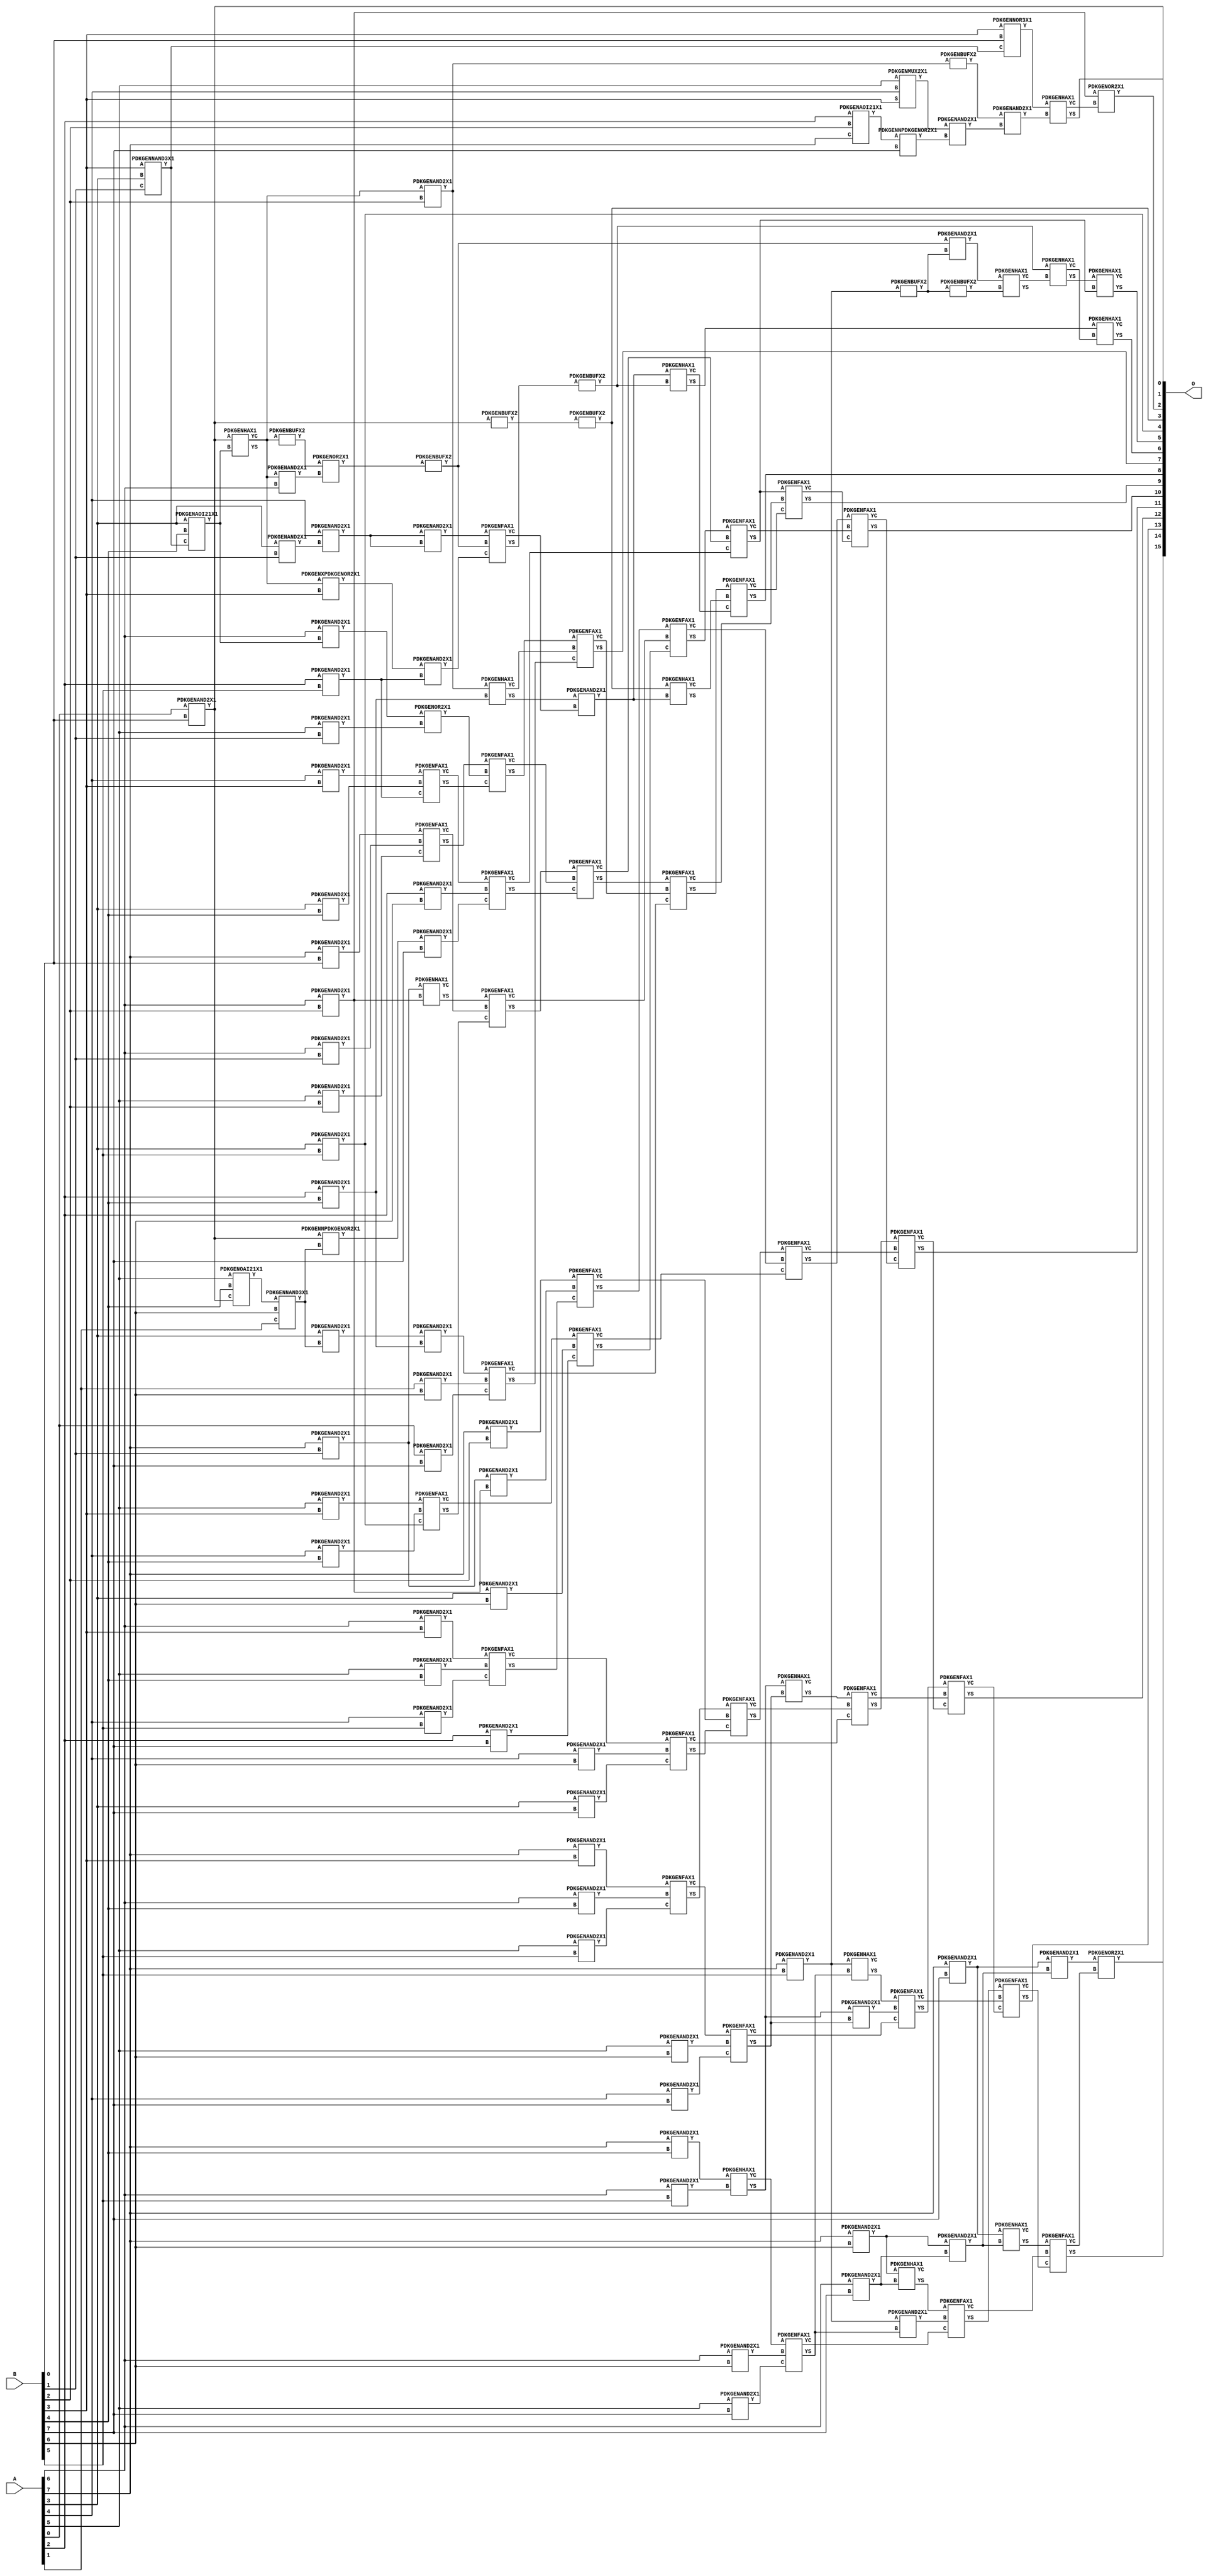
// Library = EvoApprox8b
// Circuit = mul8_009
// Area   (180) = 7559
// Delay  (180) = 3.170
// Power  (180) = 3362.60
// Area   (45) = 547
// Delay  (45) = 1.190
// Power  (45) = 290.60
// Nodes = 126
// HD = 266210
// MAE = 154.74213
// MSE = 41754.60547
// MRE = 4.10 %
// WCE = 754
// WCRE = 800 %
// EP = 97.4 %

module mul8_009(A, B, O);
  input [7:0] A;
  input [7:0] B;
  output [15:0] O;
  wire [2031:0] N;

  assign N[0] = A[0];
  assign N[1] = A[0];
  assign N[2] = A[1];
  assign N[3] = A[1];
  assign N[4] = A[2];
  assign N[5] = A[2];
  assign N[6] = A[3];
  assign N[7] = A[3];
  assign N[8] = A[4];
  assign N[9] = A[4];
  assign N[10] = A[5];
  assign N[11] = A[5];
  assign N[12] = A[6];
  assign N[13] = A[6];
  assign N[14] = A[7];
  assign N[15] = A[7];
  assign N[16] = B[0];
  assign N[17] = B[0];
  assign N[18] = B[1];
  assign N[19] = B[1];
  assign N[20] = B[2];
  assign N[21] = B[2];
  assign N[22] = B[3];
  assign N[23] = B[3];
  assign N[24] = B[4];
  assign N[25] = B[4];
  assign N[26] = B[5];
  assign N[27] = B[5];
  assign N[28] = B[6];
  assign N[29] = B[6];
  assign N[30] = B[7];
  assign N[31] = B[7];

  PDKGENAND2X1 n32(.A(N[0]), .B(N[16]), .Y(N[32]));
  assign N[33] = N[32];
  PDKGENNAND3X1 n34(.A(N[22]), .B(N[6]), .C(N[18]), .Y(N[34]));
  assign N[35] = N[34];
  PDKGENAOI21X1 n36(.A(N[4]), .B(N[20]), .C(N[14]), .Y(N[36]));
  assign N[37] = N[36];
  PDKGENAOI21X1 n38(.A(N[6]), .B(N[24]), .C(N[35]), .Y(N[38]));
  PDKGENHAX1 n40(.A(N[33]), .B(N[38]), .YS(N[40]), .YC(N[41]));
  PDKGENMUX2X1 n42(.A(N[10]), .B(N[8]), .S(N[22]), .Y(N[42]));
  assign N[43] = N[42];
  PDKGENNPDKGENOR2X1 n44(.A(N[37]), .B(N[30]), .Y(N[44]));
  PDKGENNOR3X1 n46(.A(N[22]), .B(N[16]), .C(N[34]), .Y(N[46]));
  PDKGENOAI21X1 n50(.A(N[10]), .B(N[24]), .C(N[33]), .Y(N[50]));
  assign N[51] = N[50];
  PDKGENNAND3X1 n54(.A(N[51]), .B(N[28]), .C(N[2]), .Y(N[54]));
  PDKGENNPDKGENOR2X1 n56(.A(N[33]), .B(N[54]), .Y(N[56]));
  assign N[57] = N[56];
  PDKGENAND2X1 n64(.A(N[41]), .B(N[12]), .Y(N[64]));
  PDKGENBUFX2 n66(.A(N[41]), .Y(N[66]));
  assign N[67] = N[66];
  PDKGENOR2X1 n90(.A(N[67]), .B(N[64]), .Y(N[90]));
  PDKGENBUFX2 n104(.A(N[33]), .Y(N[104]));
  assign N[105] = N[104];
  PDKGENAND2X1 n106(.A(N[43]), .B(N[44]), .Y(N[106]));
  PDKGENAND2X1 n120(.A(N[12]), .B(N[38]), .Y(N[120]));
  assign N[121] = N[120];
  PDKGENAND2X1 n134(.A(N[14]), .B(N[16]), .Y(N[134]));
  PDKGENAND2X1 n150(.A(N[6]), .B(N[18]), .Y(N[150]));
  PDKGENAND2X1 n208(.A(N[8]), .B(N[150]), .Y(N[208]));
  assign N[209] = N[208];
  PDKGENAND2X1 n224(.A(N[10]), .B(N[18]), .Y(N[224]));
  PDKGENAND2X1 n238(.A(N[12]), .B(N[18]), .Y(N[238]));
  PDKGENAND2X1 n254(.A(N[14]), .B(N[18]), .Y(N[254]));
  PDKGENAND2X1 n328(.A(N[41]), .B(N[20]), .Y(N[328]));
  assign N[329] = N[328];
  PDKGENBUFX2 n336(.A(N[105]), .Y(N[336]));
  assign N[337] = N[336];
  PDKGENAND2X1 n342(.A(N[10]), .B(N[20]), .Y(N[342]));
  assign N[343] = N[342];
  PDKGENAND2X1 n356(.A(N[12]), .B(N[20]), .Y(N[356]));
  assign N[357] = N[356];
  PDKGENAND2X1 n372(.A(N[14]), .B(N[20]), .Y(N[372]));
  PDKGENBUFX2 n384(.A(N[329]), .Y(N[384]));
  assign N[385] = N[384];
  PDKGENXPDKGENOR2X1 n416(.A(N[41]), .B(N[22]), .Y(N[416]));
  PDKGENAND2X1 n432(.A(N[6]), .B(N[54]), .Y(N[432]));
  PDKGENAND2X1 n446(.A(N[8]), .B(N[22]), .Y(N[446]));
  PDKGENAND2X1 n460(.A(N[10]), .B(N[22]), .Y(N[460]));
  PDKGENAND2X1 n476(.A(N[12]), .B(N[22]), .Y(N[476]));
  PDKGENAND2X1 n490(.A(N[14]), .B(N[22]), .Y(N[490]));
  PDKGENAND2X1 n534(.A(N[4]), .B(N[24]), .Y(N[534]));
  PDKGENAND2X1 n550(.A(N[6]), .B(N[24]), .Y(N[550]));
  PDKGENAND2X1 n564(.A(N[8]), .B(N[24]), .Y(N[564]));
  PDKGENAND2X1 n580(.A(N[10]), .B(N[24]), .Y(N[580]));
  PDKGENAND2X1 n594(.A(N[12]), .B(N[24]), .Y(N[594]));
  PDKGENAND2X1 n608(.A(N[14]), .B(N[24]), .Y(N[608]));
  PDKGENAND2X1 n654(.A(N[4]), .B(N[26]), .Y(N[654]));
  PDKGENAND2X1 n668(.A(N[6]), .B(N[26]), .Y(N[668]));
  assign N[669] = N[668];
  PDKGENAND2X1 n682(.A(N[8]), .B(N[26]), .Y(N[682]));
  PDKGENAND2X1 n698(.A(N[10]), .B(N[26]), .Y(N[698]));
  PDKGENAND2X1 n712(.A(N[12]), .B(N[26]), .Y(N[712]));
  PDKGENAND2X1 n728(.A(N[14]), .B(N[26]), .Y(N[728]));
  assign N[729] = N[728];
  PDKGENAND2X1 n756(.A(N[2]), .B(N[28]), .Y(N[756]));
  PDKGENAND2X1 n762(.A(N[385]), .B(N[106]), .Y(N[762]));
  PDKGENAND2X1 n772(.A(N[4]), .B(N[28]), .Y(N[772]));
  PDKGENAND2X1 n786(.A(N[6]), .B(N[28]), .Y(N[786]));
  PDKGENAND2X1 n802(.A(N[8]), .B(N[28]), .Y(N[802]));
  PDKGENAND2X1 n816(.A(N[10]), .B(N[28]), .Y(N[816]));
  PDKGENAND2X1 n832(.A(N[12]), .B(N[28]), .Y(N[832]));
  PDKGENAND2X1 n846(.A(N[14]), .B(N[28]), .Y(N[846]));
  PDKGENAND2X1 n860(.A(N[0]), .B(N[30]), .Y(N[860]));
  PDKGENAND2X1 n876(.A(N[57]), .B(N[30]), .Y(N[876]));
  PDKGENAND2X1 n890(.A(N[4]), .B(N[30]), .Y(N[890]));
  PDKGENAND2X1 n906(.A(N[6]), .B(N[30]), .Y(N[906]));
  PDKGENAND2X1 n920(.A(N[8]), .B(N[30]), .Y(N[920]));
  PDKGENAND2X1 n934(.A(N[10]), .B(N[30]), .Y(N[934]));
  PDKGENAND2X1 n950(.A(N[12]), .B(N[30]), .Y(N[950]));
  PDKGENAND2X1 n964(.A(N[14]), .B(N[30]), .Y(N[964]));
  PDKGENHAX1 n980(.A(N[46]), .B(N[762]), .YS(N[980]), .YC(N[981]));
  PDKGENBUFX2 n1008(.A(N[729]), .Y(N[1008]));
  assign N[1009] = N[1008];
  PDKGENBUFX2 n1024(.A(N[90]), .Y(N[1024]));
  assign N[1025] = N[1024];
  PDKGENAND2X1 n1038(.A(N[209]), .B(N[208]), .Y(N[1038]));
  PDKGENOR2X1 n1054(.A(N[121]), .B(N[224]), .Y(N[1054]));
  assign N[1055] = N[1054];
  PDKGENFAX1 n1068(.A(N[134]), .B(N[238]), .C(N[343]), .YS(N[1068]), .YC(N[1069]));
  PDKGENAND2X1 n1082(.A(N[254]), .B(N[356]), .Y(N[1082]));
  PDKGENHAX1 n1098(.A(N[254]), .B(N[356]), .YS(N[1098]), .YC(N[1099]));
  PDKGENAND2X1 n1128(.A(N[416]), .B(N[654]), .Y(N[1128]));
  PDKGENAND2X1 n1142(.A(N[432]), .B(N[534]), .Y(N[1142]));
  assign N[1143] = N[1142];
  PDKGENFAX1 n1156(.A(N[446]), .B(N[550]), .C(N[654]), .YS(N[1156]), .YC(N[1157]));
  PDKGENFAX1 n1172(.A(N[460]), .B(N[564]), .C(N[668]), .YS(N[1172]), .YC(N[1173]));
  PDKGENFAX1 n1186(.A(N[476]), .B(N[580]), .C(N[682]), .YS(N[1186]), .YC(N[1187]));
  PDKGENFAX1 n1202(.A(N[490]), .B(N[594]), .C(N[698]), .YS(N[1202]), .YC(N[1203]));
  PDKGENHAX1 n1232(.A(N[608]), .B(N[712]), .YS(N[1232]), .YC(N[1233]));
  PDKGENOR2X1 n1246(.A(N[357]), .B(N[981]), .Y(N[1246]));
  PDKGENBUFX2 n1260(.A(N[1008]), .Y(N[1260]));
  assign N[1261] = N[1260];
  PDKGENAND2X1 n1276(.A(N[1024]), .B(N[1009]), .Y(N[1276]));
  PDKGENFAX1 n1290(.A(N[1038]), .B(N[1025]), .C(N[1128]), .YS(N[1290]), .YC(N[1291]));
  PDKGENHAX1 n1306(.A(N[329]), .B(N[534]), .YS(N[1306]), .YC(N[1307]));
  PDKGENFAX1 n1320(.A(N[1068]), .B(N[1055]), .C(N[1156]), .YS(N[1320]), .YC(N[1321]));
  PDKGENFAX1 n1334(.A(N[1098]), .B(N[1069]), .C(N[1172]), .YS(N[1334]), .YC(N[1335]));
  PDKGENFAX1 n1350(.A(N[372]), .B(N[1082]), .C(N[1186]), .YS(N[1350]), .YC(N[1351]));
  PDKGENFAX1 n1380(.A(N[1143]), .B(N[756]), .C(N[860]), .YS(N[1380]), .YC(N[1381]));
  PDKGENFAX1 n1394(.A(N[1157]), .B(N[772]), .C(N[876]), .YS(N[1394]), .YC(N[1395]));
  PDKGENFAX1 n1408(.A(N[1173]), .B(N[786]), .C(N[890]), .YS(N[1408]), .YC(N[1409]));
  PDKGENFAX1 n1424(.A(N[1187]), .B(N[802]), .C(N[906]), .YS(N[1424]), .YC(N[1425]));
  PDKGENFAX1 n1438(.A(N[1203]), .B(N[816]), .C(N[920]), .YS(N[1438]), .YC(N[1439]));
  PDKGENFAX1 n1454(.A(N[1233]), .B(N[832]), .C(N[934]), .YS(N[1454]), .YC(N[1455]));
  PDKGENAND2X1 n1468(.A(N[846]), .B(N[950]), .Y(N[1468]));
  PDKGENHAX1 n1482(.A(N[846]), .B(N[950]), .YS(N[1482]), .YC(N[1483]));
  PDKGENHAX1 n1512(.A(N[1276]), .B(N[1261]), .YS(N[1512]), .YC(N[1513]));
  PDKGENBUFX2 n1528(.A(N[1290]), .Y(N[1528]));
  assign N[1529] = N[1528];
  PDKGENAND2X1 n1542(.A(N[1306]), .B(N[1291]), .Y(N[1542]));
  assign N[1543] = N[1542];
  PDKGENFAX1 n1556(.A(N[1320]), .B(N[1307]), .C(N[1380]), .YS(N[1556]), .YC(N[1557]));
  PDKGENFAX1 n1572(.A(N[1334]), .B(N[1321]), .C(N[1394]), .YS(N[1572]), .YC(N[1573]));
  PDKGENFAX1 n1586(.A(N[1350]), .B(N[1335]), .C(N[1408]), .YS(N[1586]), .YC(N[1587]));
  PDKGENFAX1 n1602(.A(N[1202]), .B(N[1351]), .C(N[1424]), .YS(N[1602]), .YC(N[1603]));
  PDKGENAND2X1 n1616(.A(N[1232]), .B(N[1438]), .Y(N[1616]));
  PDKGENHAX1 n1632(.A(N[1232]), .B(N[1438]), .YS(N[1632]), .YC(N[1633]));
  PDKGENAND2X1 n1646(.A(N[728]), .B(N[1454]), .Y(N[1646]));
  PDKGENHAX1 n1660(.A(N[728]), .B(N[1454]), .YS(N[1660]), .YC(N[1661]));
  PDKGENHAX1 n1690(.A(N[1528]), .B(N[1513]), .YS(N[1690]), .YC(N[1691]));
  PDKGENHAX1 n1706(.A(N[1542]), .B(N[1529]), .YS(N[1706]), .YC(N[1707]));
  PDKGENHAX1 n1720(.A(N[337]), .B(N[1543]), .YS(N[1720]), .YC(N[1721]));
  PDKGENFAX1 n1734(.A(N[1572]), .B(N[1557]), .C(N[1381]), .YS(N[1734]), .YC(N[1735]));
  PDKGENFAX1 n1750(.A(N[1586]), .B(N[1573]), .C(N[1395]), .YS(N[1750]), .YC(N[1751]));
  PDKGENFAX1 n1764(.A(N[1602]), .B(N[1587]), .C(N[1409]), .YS(N[1764]), .YC(N[1765]));
  PDKGENFAX1 n1780(.A(N[1632]), .B(N[1603]), .C(N[1425]), .YS(N[1780]), .YC(N[1781]));
  PDKGENFAX1 n1794(.A(N[1660]), .B(N[1616]), .C(N[1439]), .YS(N[1794]), .YC(N[1795]));
  PDKGENFAX1 n1808(.A(N[1482]), .B(N[1646]), .C(N[1455]), .YS(N[1808]), .YC(N[1809]));
  PDKGENAND2X1 n1824(.A(N[964]), .B(N[1468]), .Y(N[1824]));
  PDKGENHAX1 n1838(.A(N[964]), .B(N[1468]), .YS(N[1838]), .YC(N[1839]));
  PDKGENHAX1 n1854(.A(N[1690]), .B(N[1750]), .YS(N[1854]), .YC(N[1855]));
  PDKGENHAX1 n1868(.A(N[1706]), .B(N[1691]), .YS(N[1868]), .YC(N[1869]));
  PDKGENFAX1 n1898(.A(N[1734]), .B(N[1721]), .C(N[1707]), .YS(N[1898]), .YC(N[1899]));
  PDKGENFAX1 n1912(.A(N[1750]), .B(N[1735]), .C(N[1899]), .YS(N[1912]), .YC(N[1913]));
  PDKGENFAX1 n1928(.A(N[1764]), .B(N[1751]), .C(N[1913]), .YS(N[1928]), .YC(N[1929]));
  PDKGENFAX1 n1942(.A(N[1780]), .B(N[1765]), .C(N[1929]), .YS(N[1942]), .YC(N[1943]));
  PDKGENFAX1 n1956(.A(N[1794]), .B(N[1781]), .C(N[1943]), .YS(N[1956]), .YC(N[1957]));
  PDKGENFAX1 n1972(.A(N[1808]), .B(N[1795]), .C(N[1957]), .YS(N[1972]), .YC(N[1973]));
  PDKGENFAX1 n1986(.A(N[1838]), .B(N[1809]), .C(N[1973]), .YS(N[1986]), .YC(N[1987]));
  PDKGENOR2X1 n2016(.A(N[1824]), .B(N[1987]), .Y(N[2016]));

  assign O[0] = N[32];
  assign O[1] = N[980];
  assign O[2] = N[1246];
  assign O[3] = N[336];
  assign O[4] = N[669];
  assign O[5] = N[1854];
  assign O[6] = N[1868];
  assign O[7] = N[1556];
  assign O[8] = N[1898];
  assign O[9] = N[1912];
  assign O[10] = N[1928];
  assign O[11] = N[1942];
  assign O[12] = N[1956];
  assign O[13] = N[1972];
  assign O[14] = N[1986];
  assign O[15] = N[2016];

endmodule
/* mod */
module PDKGENAOI21X1( input A, input B, input C, output Y );
    assign Y = ~((A & B) | C);
endmodule
/* mod */
module PDKGENOAI21X1( input A, input B, input C, output Y );
    assign Y = ~((A | B) & C);
endmodule
/* mod */
module PDKGENFAX1( input A, input B, input C, output YS, output YC );
    assign YS = (A ^ B) ^ C;
    assign YC = (A & B) | (B & C) | (A & C);
endmodule
/* mod */
module PDKGENMUX2X1( input A, input B, input S, output Y );
    assign Y = (A & ~S) | (B & S);
endmodule
/* mod */
module PDKGENHAX1( input A, input B, output YS, output YC );
    assign YS = A ^ B;
    assign YC = A & B;
endmodule
/* mod */
module PDKGENNOR3X1(input A, input B, input C, output Y );
     assign Y = ~((A | B) | C);
endmodule
/* mod */
module PDKGENAND2X1(input A, input B, output Y );
     assign Y = A & B;
endmodule
/* mod */
module PDKGENXPDKGENOR2X1(input A, input B, output Y );
     assign Y = A ^ B;
endmodule
/* mod */
module PDKGENNPDKGENOR2X1(input A, input B, output Y );
     assign Y = ~(A | B);
endmodule
/* mod */
module PDKGENNAND3X1(input A, input B, input C, output Y );
     assign Y = ~((A & B) & C);
endmodule
/* mod */
module PDKGENBUFX2(input A, output Y );
     assign Y = A;
endmodule
/* mod */
module PDKGENOR2X1(input A, input B, output Y );
     assign Y = A | B;
endmodule